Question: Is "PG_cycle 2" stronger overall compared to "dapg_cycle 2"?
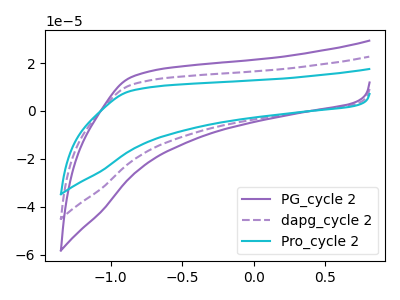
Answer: <think>The purple curve "PG_cycle 2" has no peaks. The purple dashed curve "dapg_cycle 2" has no peaks. The cyan curve "Pro_cycle 2" has no peaks.
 Neither "PG_cycle 2" or "dapg_cycle 2" have any peaks.</think>
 <answer>I cant tell if "PG_cycle 2" or "dapg_cycle 2" has more signal.</answer>
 <eval>mixed_signal</eval>